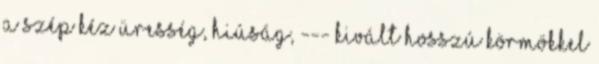
A szép kéz üresség, hiúság, --- kivált hosszú körmökkel